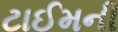
ટાઈમની